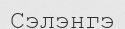
Сэлэнгэ